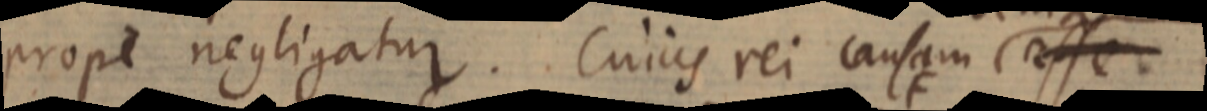
prope negligatur. Cujus rei causam esse